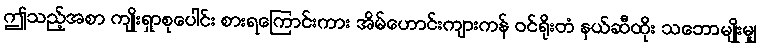
ဤသည့်အစာ ကျိုးရှာစုပေါင်း စားရကြောင်းကား အိမ်ဟောင်းကျားကန် ဝင်ရိုးတံ နယ်ဆီထိုး သဘောမျိုးမျှ